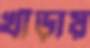
খাঁড়ায়